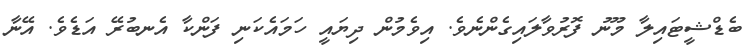
ބެޑްޝީޓައިލާ މޫނު ފޮރުވާލައިގެންނެވެ. އިވެމުން ދިޔައީ ހަމައެކަނި ފަންކާ އެނބުރޭ އަޑެވެ. އޭނާ